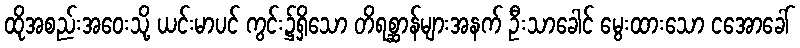
ထိုအစည်းအဝေးသို့ ယင်းမာပင် ကွင်း၌ရှိသော တိရစ္ဆာန်များအနက် ဦးသာခေါင် မွေးထားသော ငအောခေါ်